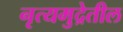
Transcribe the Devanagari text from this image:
नृत्यमुद्रेतील